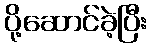
ပို့ဆောင်ခဲ့ပြီး